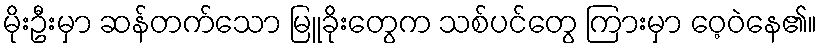
မိုးဦးမှာ ဆန်တက်သော မြူခိုးတွေက သစ်ပင်တွေ ကြားမှာ ဝေ့ဝဲနေ၏။